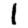
Digit: 1